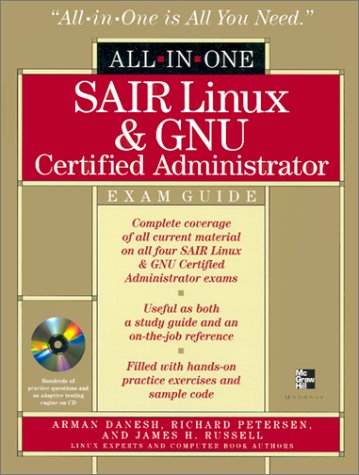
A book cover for SAIR Linux & GNU Certified Administrator All-in-One Exam Guide; Arman Danesh; Computers & Technology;